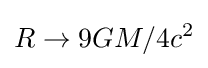
R\to 9GM/4c^{2}